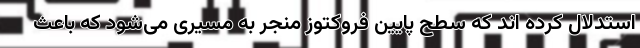
استدلال کرده اند که سطح پایین فروکتوز منجر به مسیری می‌شود که باعث